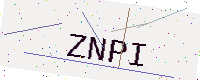
Text: ZNPI